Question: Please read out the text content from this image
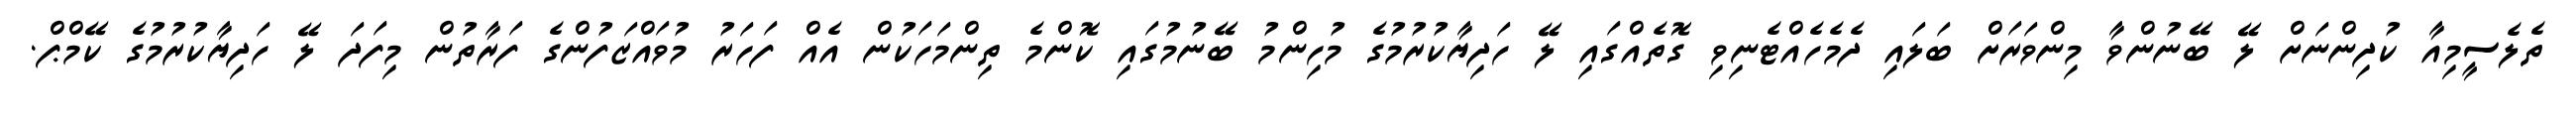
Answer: ތެލެސީމިއާ ކުދިންނަށް ލޭ ބޭނުންވާ މިންވަރަށް ބަލައި ދެމެހެއްޓެނިވި ގޮތެއްގައި ލޭ ހަދިޔާކުރުމުގެ މުހިންމު ބޭނުމުގައި ކޮންމެ ތިންމަހަކުން އެއް ފަހަރު މުވައްޒަފުންގެ ފަރާތުން މިފަދަ ލޭ ހަދިޔާކުރުމުގެ ކޭމްޕް.